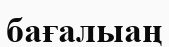
бағалыаң